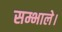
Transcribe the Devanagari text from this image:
सम्भाले।